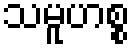
သမူဟစ္စ